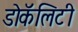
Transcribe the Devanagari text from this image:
डोकॅलिटी